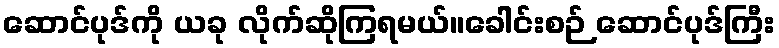
ဆောင်ပုဒ်ကို ယခု လိုက်ဆိုကြရမယ်။ခေါင်းစဉ် ဆောင်ပုဒ်ကြီး